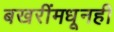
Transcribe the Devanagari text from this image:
बखरींमधूनही